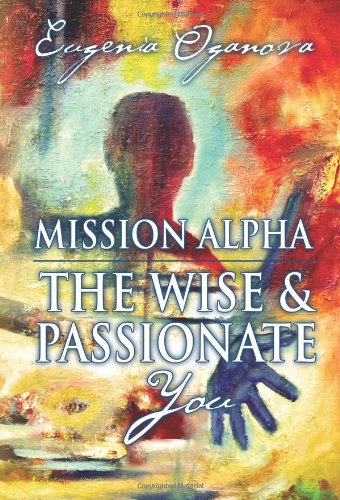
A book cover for Mission Alpha - The Wise and Passionate You; Eugenia Oganova; Self-Help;